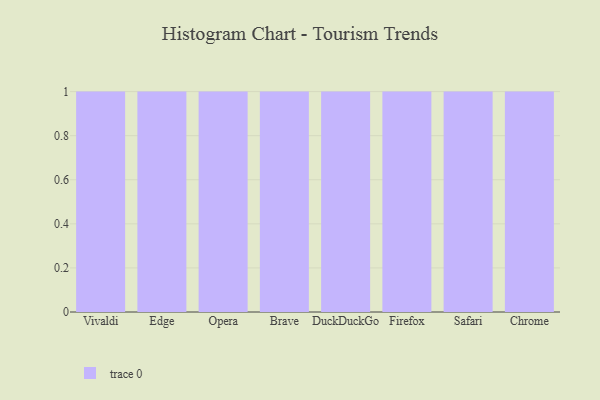
{"axis": {"x": "Browser", "y": "Tickets Resolved"}, "legend": [""], "data": [{"x": "Vivaldi", "y": 35, "type": ""}, {"x": "Edge", "y": 54, "type": ""}, {"x": "Opera", "y": 47, "type": ""}, {"x": "Brave", "y": 33, "type": ""}, {"x": "DuckDuckGo", "y": 41, "type": ""}, {"x": "Firefox", "y": 1, "type": ""}, {"x": "Safari", "y": 9, "type": ""}, {"x": "Chrome", "y": 65, "type": ""}]}